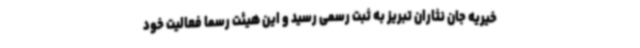
خیریه جان نثاران تبریز به ثبت رسمی رسید و این هیئت رسما فعالیت خود